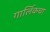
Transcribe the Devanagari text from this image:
गार्लिकचा